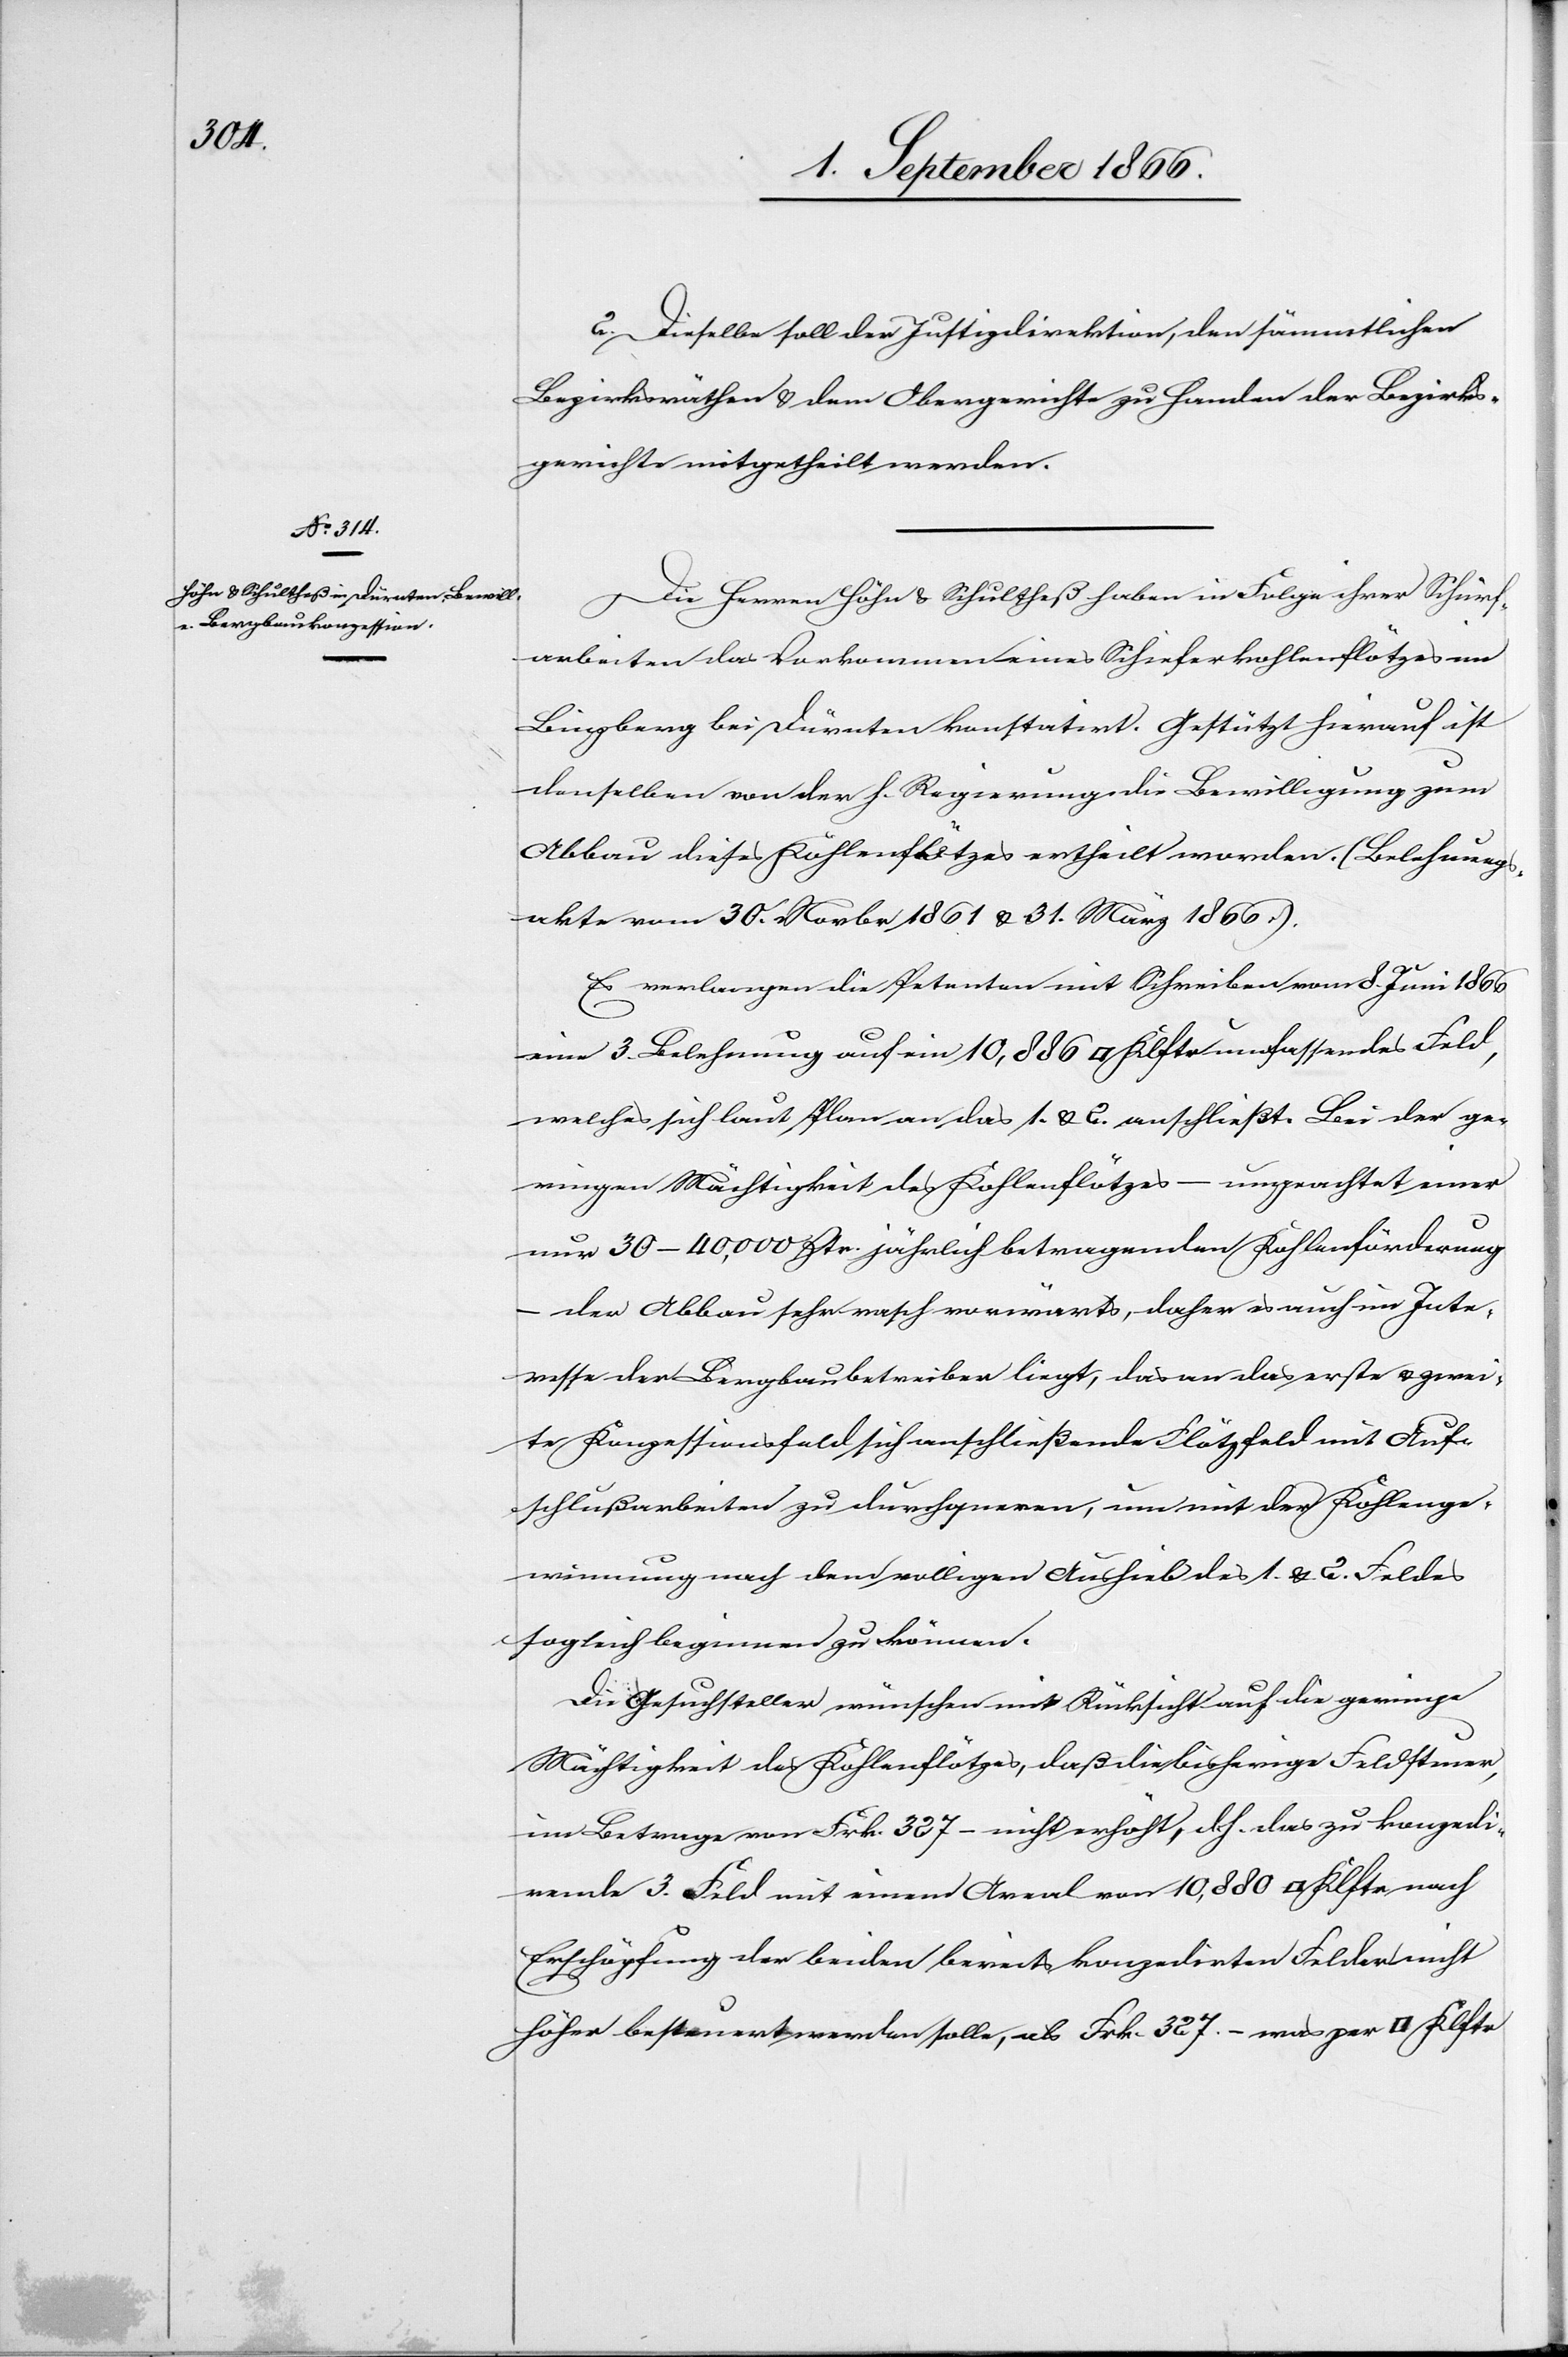
2. Dieselbe soll der Justizdirektion, den sämmtlichen
Bezirksräthen u. dem Obergerichte zu Handen der Bezirks¬
gerichte mitgetheilt werden.
Die Herren Höhn u. Schultheß haben in Folge ihrer Schürf¬
arbeiten das Vorkommen eines Schieferkohlenflötzes im
Binzberg bei Dürnten konstatirt. Gestützt hierauf ist
denselben von der h. Regierung die Bewilligung zum
Abbau dieses Kohlenflötzes ertheilt worden. (Belehnungs¬
akte vom 30. Novbr. 1861 u. 31. März 1866).
Es verlangen die Petenten mit Schreiben vom 8. Juni 1866
eine 3. Belehnung auf ein 10 866 [Quadratklafter] umfassendes Feld,
welches sich laut Plan an das 1. u. 2. anschließt. Bei der ge¬
ringen Mächtigkeit des Kohlenflötzes – ungeachtet einer
nur 30–40 000 Ztr. jährlich betragenden Kohlenförderung
der Abbau sehr rasch vorwärts, daher es auch im Inte¬
resse der Bergbaubetreiber liegt, das an das erste u. zwei¬
te Konzessionsfeld sich anschließende Flötzfeld mit Auf¬
schlußarbeiten zu durchqueren, um mit der Kohlenge¬
winnung nach dem volligen Aushieb des 1. u. 2. Feldes
sogleich beginnen zu können.
Die Gesuchsteller wünschen mit Rücksicht auf die geringe
Mächtigkeit des Kohlenflötzes, das die bisherige Feldsteuer
im Betrage von Frk. 327.– nicht erhöht, d. h. das zu konzedi¬
rende 3. Feld mit einem Areal von 10 880 [sic!]
Erschöpfung der beiden bereits konzedirten Felder nicht
höher besteuert werden solle, als Frk. 327.– was per [Quadratklafter]